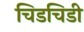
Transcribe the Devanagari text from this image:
चिडचिडी